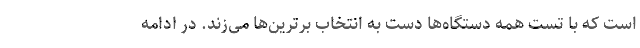
است که با تست همه دستگاه‌ها دست به انتخاب برترین‌ها می‌زند. در ادامه